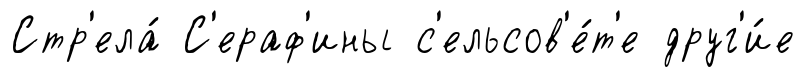
Стр'ела́ С'ераф'ины с'ельсов'е́т'е друг'и́е